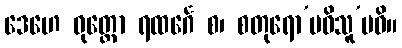
ဒေဟေ ဝုတ္တော ရထင်္ဂေ စ၊ စတုရော’ပဓိသူ’ပဓိ။